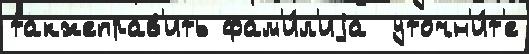
такжеправ'ить фам'и́л'иjа  уточн'и́т'е